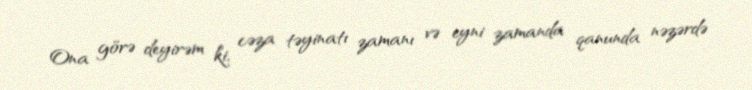
Ona görə deyirəm ki, cəza təyinatı zamanı və eyni zamanda qanunda nəzərdə